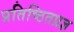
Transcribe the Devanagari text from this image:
प्रतिष्ठितप्रज्ञ